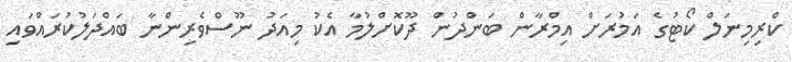
ކްރިމިނަލް ކޯޓުގެ އަމުރަށް އިމްރާން ބަންދުން ދޫކޮށްލުމާ އެކު މިއަދު ނޫސްވެރިންނާ ބައްދަލުކުރައްވައި